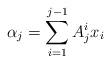
LaTeX: \begin{align*} \alpha_j=\sum_{i=1}^{j-1} A^i_j x_i \end{align*}